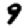
Digit: 9